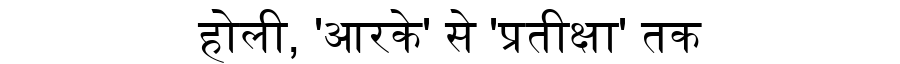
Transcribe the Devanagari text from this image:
होली, 'आरके' से 'प्रतीक्षा' तक